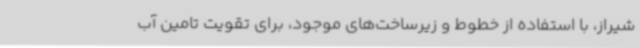
شیراز، با استفاده از خطوط و زیرساخت‌های موجود، برای تقویت تامین آب